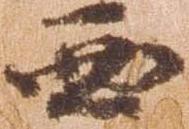
西